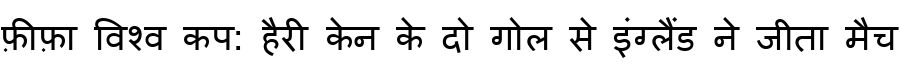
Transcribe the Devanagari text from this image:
फ़ीफ़ा विश्व कप: हैरी केन के दो गोल से इंग्लैंड ने जीता मैच